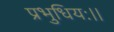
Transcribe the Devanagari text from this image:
प्रभुधियः।।